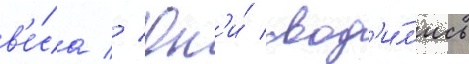
в'е́са // Он'и́ свод'и́л'ись